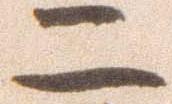
二